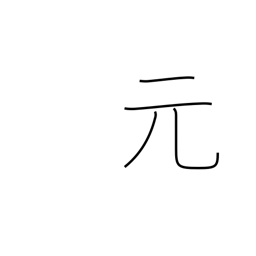
Meaning: former time